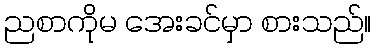
ညစာကိုမ အေးခင်မှာ စားသည်။